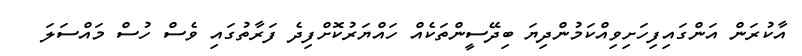
އާކުރަން އަންގައިފިހަށިވިއްކަމުންދިޔަ ބިދޭސީންތަކެއް ހައްޔަރުކޮށްފިދެ ފަރާތުގައި ވެސް ހުސް މައްސަލަ